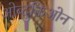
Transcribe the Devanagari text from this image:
ओब्दुक्तिओन